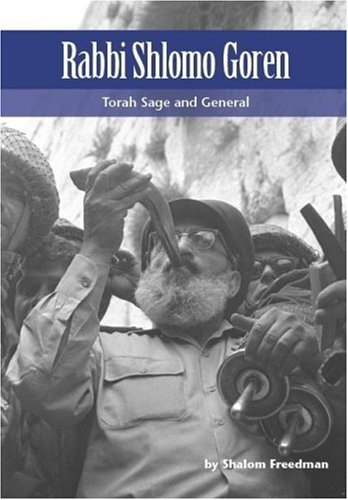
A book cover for Rabbi Shlomo Goren: Torah Sage and General (Modern Jewish Lives); Shalom Freedman; Religion & Spirituality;